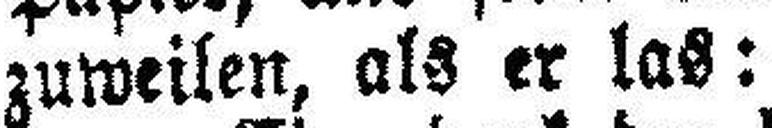
zuweilen, als er las: